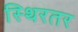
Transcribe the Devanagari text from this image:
स्थिरतर